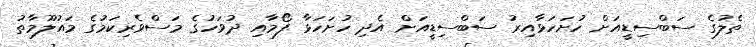
ތެލުގެ ސަބްސިޑީއަށް ހުށަހަޅާއިރު ސަބްސިޑީއަށް އެދި ހުށަހަޅާ ފޯމާއި ދުވަހުގެ މަސްވެރިކަމުގެ މައުލޫމާތު